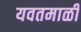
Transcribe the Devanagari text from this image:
यवतमाळी